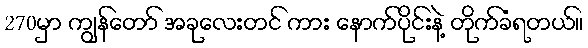
270မှာ ကျွန်တော် အခုလေးတင် ကား နောက်ပိုင်းနဲ့ တိုက်ခံရတယ်။